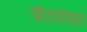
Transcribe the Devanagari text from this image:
जैटरोफ़ा